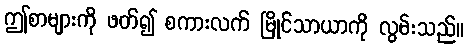
ဤစာများကို ဖတ်၍ စကားလက် မြိုင်သာယာကို လွမ်းသည်။